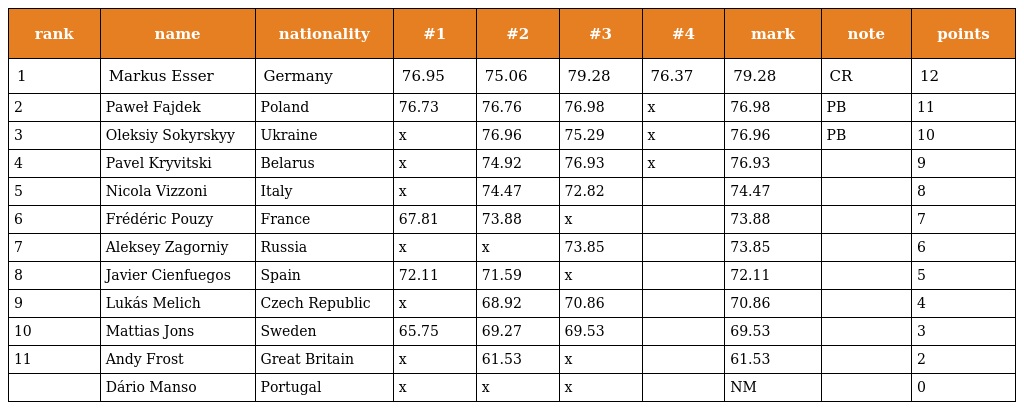
| rank | name | nationality | #1 | #2 | #3 | #4 | mark | note | points |
 | --- | --- | --- | --- | --- | --- | --- | --- | --- | --- |
 | 1 | Markus Esser | Germany | 76.95 | 75.06 | 79.28 | 76.37 | 79.28 | CR | 12 |
 | 2 | Paweł Fajdek | Poland | 76.73 | 76.76 | 76.98 | x | 76.98 | PB | 11 |
 | 3 | Oleksiy Sokyrskyy | Ukraine | x | 76.96 | 75.29 | x | 76.96 | PB | 10 |
 | 4 | Pavel Kryvitski | Belarus | x | 74.92 | 76.93 | x | 76.93 |  | 9 |
 | 5 | Nicola Vizzoni | Italy | x | 74.47 | 72.82 |  | 74.47 |  | 8 |
 | 6 | Frédéric Pouzy | France | 67.81 | 73.88 | x |  | 73.88 |  | 7 |
 | 7 | Aleksey Zagorniy | Russia | x | x | 73.85 |  | 73.85 |  | 6 |
 | 8 | Javier Cienfuegos | Spain | 72.11 | 71.59 | x |  | 72.11 |  | 5 |
 | 9 | Lukás Melich | Czech Republic | x | 68.92 | 70.86 |  | 70.86 |  | 4 |
 | 10 | Mattias Jons | Sweden | 65.75 | 69.27 | 69.53 |  | 69.53 |  | 3 |
 | 11 | Andy Frost | Great Britain | x | 61.53 | x |  | 61.53 |  | 2 |
 |  | Dário Manso | Portugal | x | x | x |  | NM |  | 0 |